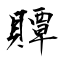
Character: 贉